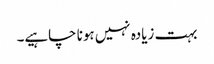
بہت زیادہ نہیں ہونا چاہیے۔